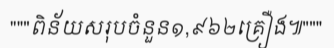
"""ពិន័យសរុបចំនួន១,៩៦២គ្រឿង៕"""